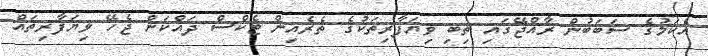
އެކަމުގެ ސަބަބުން ރާއްޖޭގައި ތިބި ވިޔަފާރިތަކުގެ ތެރެއިން ޓެކްސް ދައްކަން ޖެހޭ ވިޔަފާރިތައް